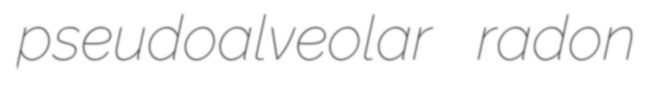
pseudoalveolar radon